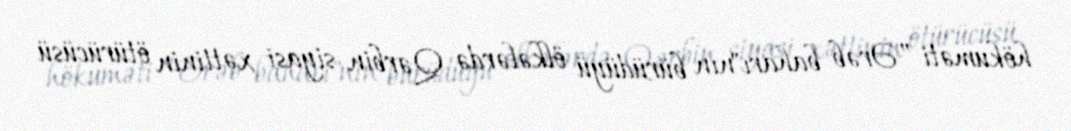
hökuməti ”Ərəb baharı"nın bürüdüyü ölkələrdə Qərbin siyasi xəttinin ötürücüsü